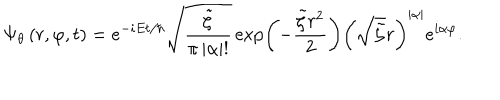
\Psi _ { \theta } \left( r , \varphi , t \right) = e ^ { - i E t / \hbar } \sqrt { \frac { \tilde { \zeta } } { \pi \left| \alpha \right| ! } } \exp \left( - \frac { \tilde { \zeta } r ^ { 2 } } { 2 } \right) \left( \sqrt { \tilde { \zeta } } r \right) ^ { \left| \alpha \right| } e ^ { i \alpha \varphi } .